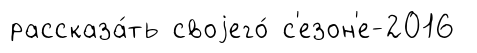
рассказа́ть своjего́ с'езон'е-2016